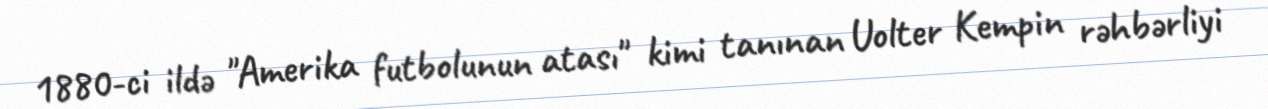
1880-ci ildə "Amerika futbolunun atası" kimi tanınan Uolter Kempin rəhbərliyi